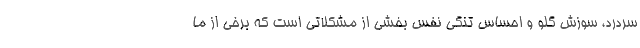
سردرد، سوزش گلو و احساس تنگی نفس بخشی از مشکلاتی است که برخی از ما